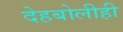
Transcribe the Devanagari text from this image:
देहबोलीही